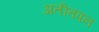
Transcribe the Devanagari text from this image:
अतीतपन